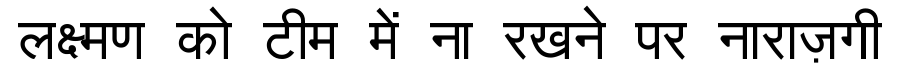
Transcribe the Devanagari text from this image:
लक्ष्मण को टीम में ना रखने पर नाराज़गी